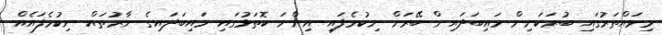
މިވައްތަރުގައި ބުރަކަށިން މައިބަދައިން ބޭރަށް ނިކުމެފައި އިންނަ ކޮތަޅުގައި މައިބަދައިގެ ނާރުތައް ނިކުމެފައެއް